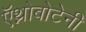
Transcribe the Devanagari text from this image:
ऍथ्नोबोटेनी